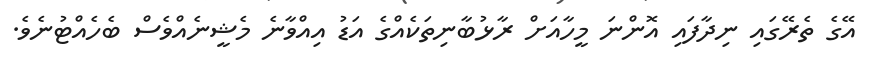
އޭގެ ތެރޭގައި ނިދާފައި އޮންނަ މީހާއަށް ރާޅުބާނިތަކެއްގެ އަޑު އިއްވާނެ މެޝީނެއްވެސް ބެހެއްޓުނެވެ.